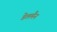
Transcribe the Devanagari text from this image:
डेलमैन